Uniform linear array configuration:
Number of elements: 12
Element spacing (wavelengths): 1
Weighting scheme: blackman
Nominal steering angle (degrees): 30
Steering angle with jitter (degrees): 31.381
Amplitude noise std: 0.05
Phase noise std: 0.05

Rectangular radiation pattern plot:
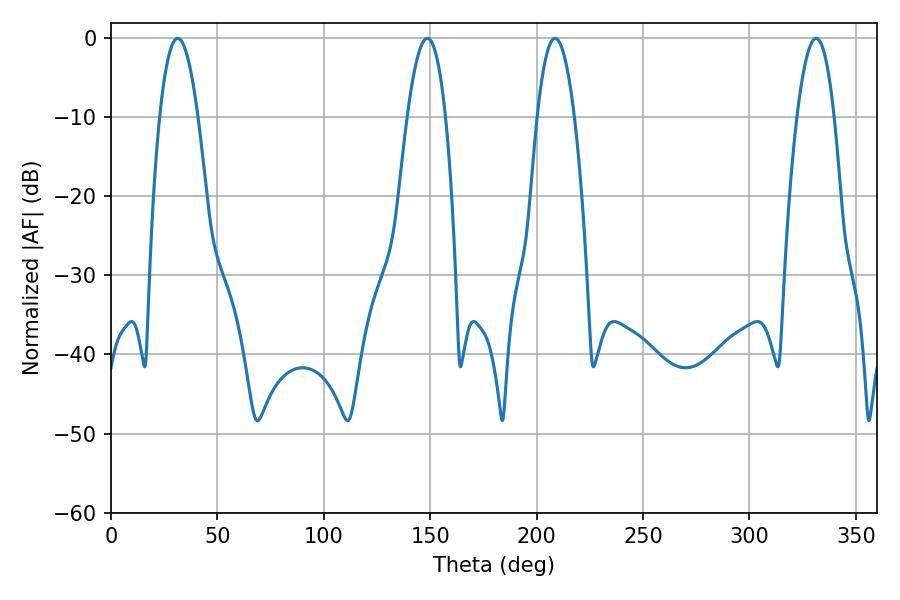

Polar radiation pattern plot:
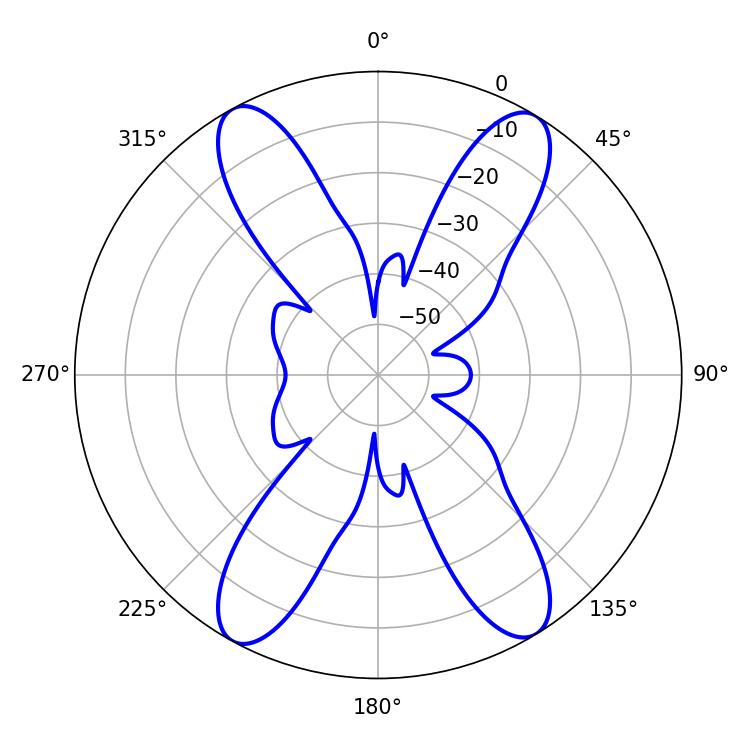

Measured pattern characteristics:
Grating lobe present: TRUE
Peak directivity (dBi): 19.774
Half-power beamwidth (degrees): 9.72
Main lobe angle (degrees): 31.32